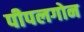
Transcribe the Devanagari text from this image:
पीपलगोन